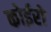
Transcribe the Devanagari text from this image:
कोईरो